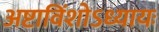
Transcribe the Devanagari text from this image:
अष्टाविंशोऽध्यायः